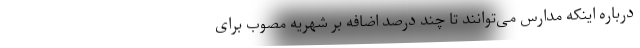
درباره اینکه مدارس می‌توانند تا چند درصد اضافه بر شهریه مصوب برای